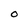
Character: O